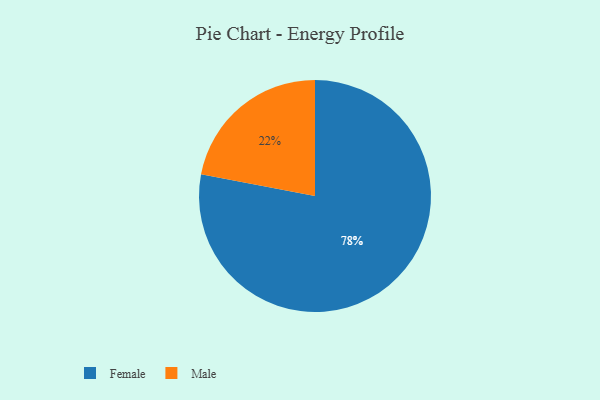
{"axis": {"x": "Category", "y": "Percentage"}, "legend": ["Female", "Male"], "data": [{"x": "Female", "y": 78, "type": "Female"}, {"x": "Male", "y": 22, "type": "Male"}]}